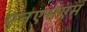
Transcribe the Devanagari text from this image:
एनएसएम